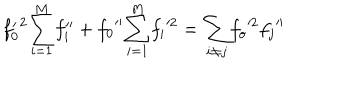
{ f _ { 0 } ^ { \prime } } ^ { 2 } { \sum _ { i = 1 } ^ { M } } { f _ { i } ^ { \prime \prime } } + { f _ { 0 } } ^ { \prime \prime } { \sum _ { i = 1 } ^ { M } } { f _ { i } } ^ { 2 } = { \sum _ { i \ne j } } { f _ { o } } ^ { 2 } { f _ { j } } ^ { \prime \prime }